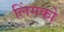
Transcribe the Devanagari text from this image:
लिंगको